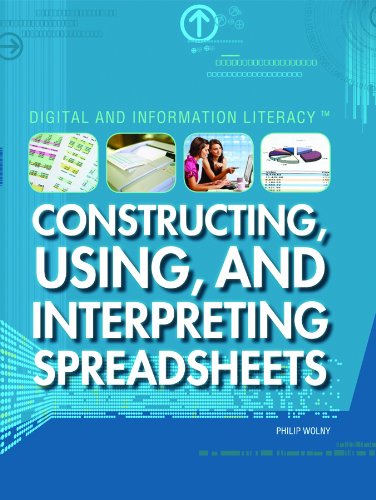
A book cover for Constructing, Using, and Interpreting Spreadsheets (Digital & Information Literacy); Philip Wolny; Children's Books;